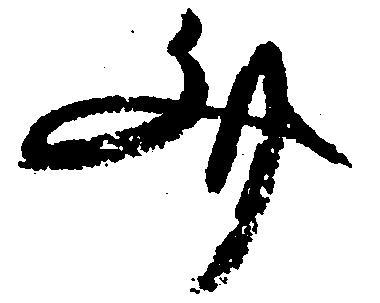
文